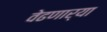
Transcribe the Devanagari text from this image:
वेढणार्‍या